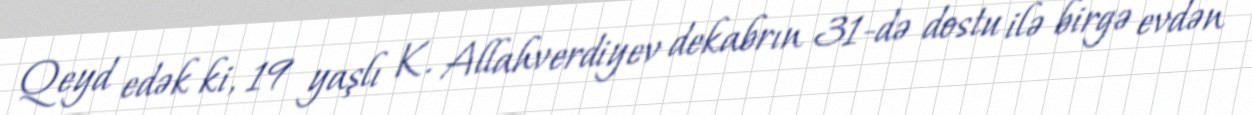
Qeyd edək ki, 19 yaşlı K. Allahverdiyev dekabrın 31-də dostu ilə birgə evdən